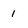
Character: 1